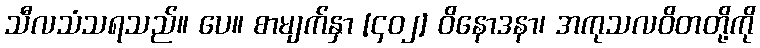
သီလသံသရသည်။ ပေ။ စာမျက်နှာ [၄၀၂] ဝိနောဒနာ၊ အကုသလဝိတတို့ကို